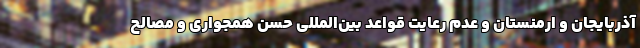
آذربایجان و ارمنستان و عدم رعایت قواعد بین‌المللی حسن همجواری و مصالح